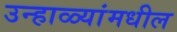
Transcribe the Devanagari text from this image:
उन्हाळ्यांमधील